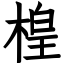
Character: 楻